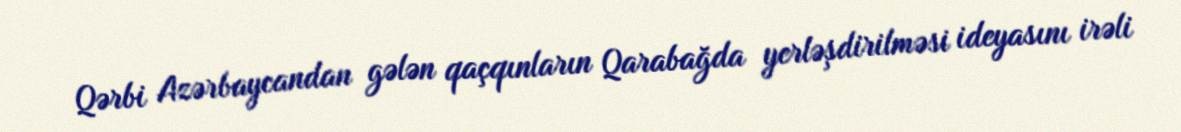
Qərbi Azərbaycandan gələn qaçqınların Qarabağda yerləşdirilməsi ideyasını irəli